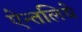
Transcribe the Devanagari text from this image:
ऐन्तलिये